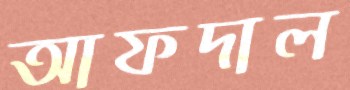
আফদাল